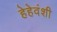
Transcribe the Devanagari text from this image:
हेहेवंशी